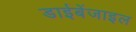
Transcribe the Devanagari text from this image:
डाईबेंजाइल